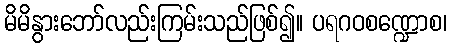
မိမိနွားဘော်လည်းကြမ်းသည်ဖြစ်၍။ ပရဂဝစဏ္ဍောစ၊